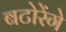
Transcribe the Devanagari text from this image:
बटोरेंगे